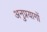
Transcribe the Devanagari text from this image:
अनुप्रयागों